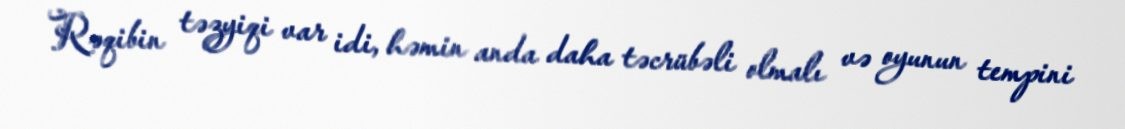
Rəqibin təzyiqi var idi, həmin anda daha təcrübəli olmalı və oyunun tempini